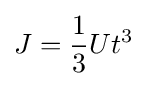
J={\frac {1}{3}}Ut^{3}